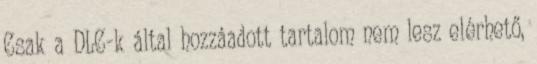
Csak a DLC-k által hozzáadott tartalom nem lesz elérhető,